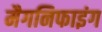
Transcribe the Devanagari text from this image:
मैगनिफाइंग